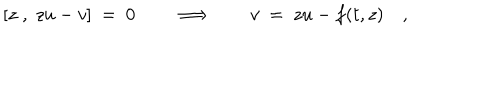
[ z \; , \; z u - v ] \ = \ 0 \qquad \Longrightarrow \qquad v \ = \ z u - f ( t , z ) \quad ,